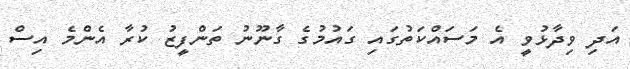
އަދި ވިދާޅުވީ އެ މަސައްކަތުގައި ގައުމުގެ ގާނޫނު ތަންފީޒު ކުރާ އެންމެ އިސް